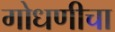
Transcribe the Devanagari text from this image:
गोधणीचा